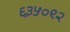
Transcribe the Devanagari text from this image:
६३५०९२